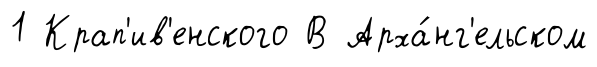
1 Крап'ив'енского В Арха́нг'ельском